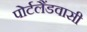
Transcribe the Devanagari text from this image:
पोर्टलैंडवासी